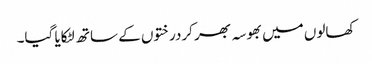
کھالوں میں بھوسہ بھر کردرختوں کے ساتھ لٹکایا گیا۔